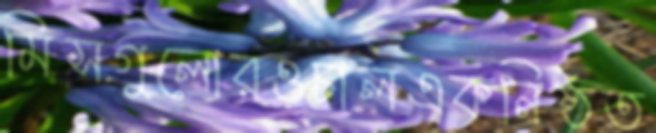
মিসগুলোরওচালএকনিষ্ঠত